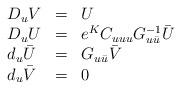
LaTeX: \begin{align*}\begin{array}{lll}D_u V &= & U \\D_u U &=& e^K C_{uuu} G_{u {\bar u}}^{-1} {\bar U} \\d_u {\bar U} &=& G_{u{\bar u}} {\bar V} \\d_u {\bar V} &=& 0\end{array}\end{align*}